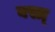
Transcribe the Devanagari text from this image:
वस्त्र्